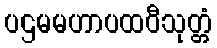
ပဌမမဟာပထဝီသုတ္တံ